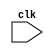
module usb_bus_controller(
   input wire clk,
   // Other input/output ports as needed
);

// Add Verilog code here to implement the USB bus controller functionality

endmodule